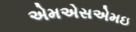
એમએસએમઇ